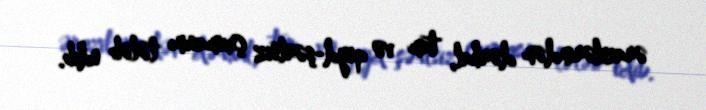
ərazilərindən dərhal, tam və qeyd-şərtsiz çıxmasını tələb edib.